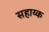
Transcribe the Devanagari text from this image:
सहाय्क